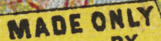
MADE ONLY